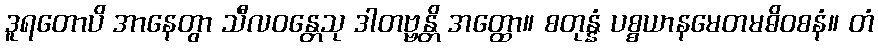
ဒူရတောပိ အာနေတွာ သီလဝန္တေသု ဒါတဗ္ဗန္တိ အတ္ထော။ စတုန္နံ ပစ္စယာနမေတမဓိဝစနံ။ တံ